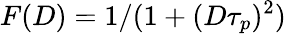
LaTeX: F(D)=1/(1+(D\tau_{p})^{2})